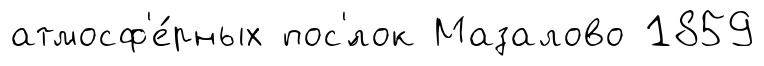
атмосф'е́рных пос'́лок Мазалово 1859